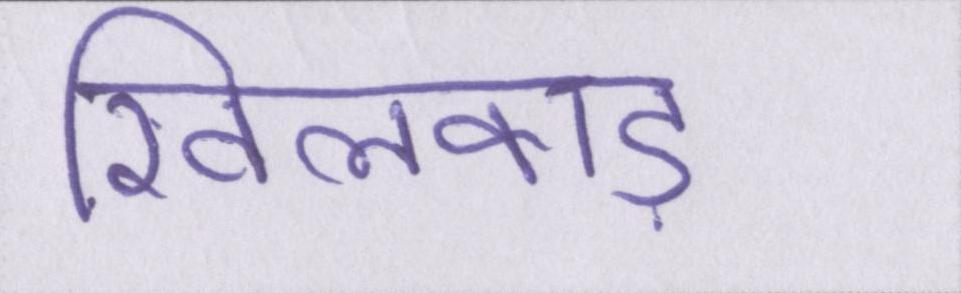
खिलवाड़